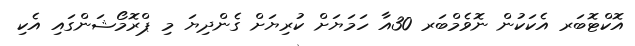
އޮކްޓޮބަރ އެކަކުން ނޮވެމްބަރ 30އާ ހަމަޔަށް ކުރިޔަށް ގެންދިޔަ މި ޕްރޮމޯޝަންގައި އެކި